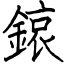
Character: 鎄